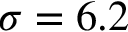
\sigma = 6 . 2